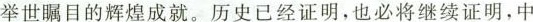
举世瞩目的辉煌成就。历史已经证明，也必将继续证明，中